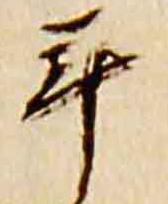
年